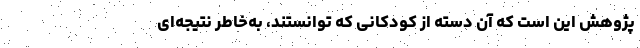
پژوهش این است که آن دسته از کودکانی که توانستند، به‌خاطر نتیجه‌ای